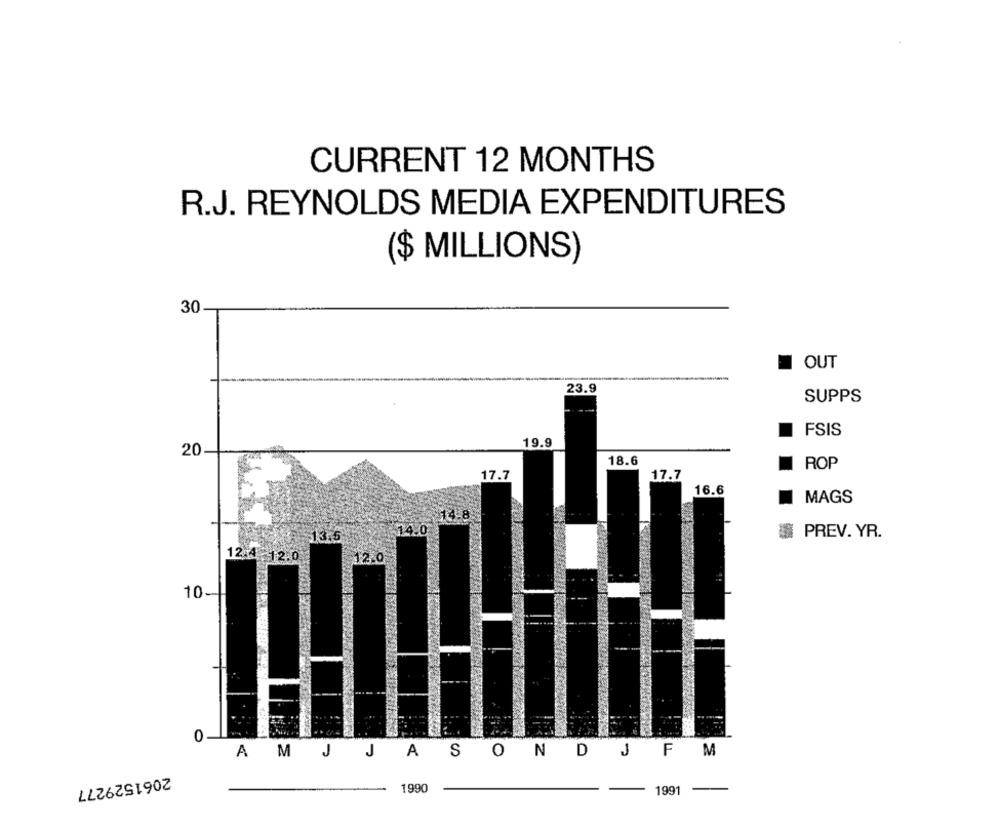
CURRENT 12 MONTHS
R.J. REYNOLDS MEDIA EXPENDITURES
($ MILLIONS)
30
I OUT
23.9
SUPPS
FSIS
19.9
20
18.6
ROP
17.7
17.7
16.6
MAGS
4-8
13.
PREV. YR.
12:4
10
0
A M J
JASON DJ FM
2061529277
1990
1991